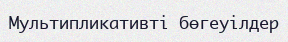
Мультипликативті бөгеуілдер